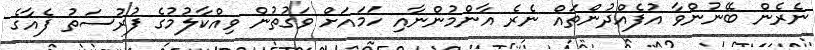
ނެރެން ބޭނުންވާ އުފެއްދުންތައް ނެރެ އާންމުންނާއި ހަމައަށް ވަގުތުން ވިއްކާލުމުގެ ފުރުސަތު ފެއާގެ